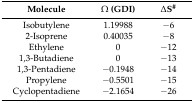
| Molecule | Ω (GDI) | ΔS# |
 | --- | --- | --- |
 | Isobutylene | 1.19988 | −6 |
 | 2-Isoprene | 0.40035 | −8 |
 | Ethylene | 0 | −12 |
 | 1,3-Butadiene | 0 | −13 |
 | 1,3-Pentadiene | −0.1948 | −14 |
 | Propylene | −0.5501 | −15 |
 | Cyclopentadiene | −2.1654 | −26 |